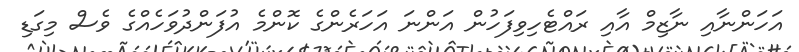
އަހަންނާއި ނާޒިމް އާއި ރައްޓެހިވިފަހުން އަންނަ އަހަރެންގެ ކޮންމެ އުފަންދުވަހެއްގެ ވެސް މިގަޑި